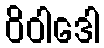
ဝိဝါဒေါ